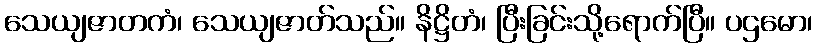
သေယျဇာတကံ၊ သေယျဇာတ်သည်။ နိဋ္ဌိတံ၊ ပြီးခြင်းသို့ရောက်ပြီ။ ပဌမော၊